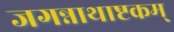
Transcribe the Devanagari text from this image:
जगन्नाथाष्टकम्